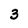
Character: 3